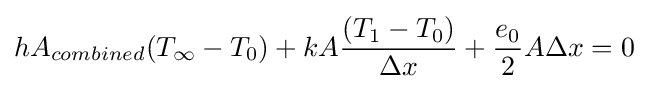
hA_{combined}{(T_{\infty }-T_{0})}+kA{\frac {(T_{1}-T_{0})}{\Delta {x}}}+{\frac {e_{0}}{2}}A\Delta {x}=0